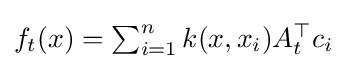
{\textstyle f_{t}(x)=\sum _{i=1}^{n}k(x,x_{i})A_{t}^{\top }c_{i}}